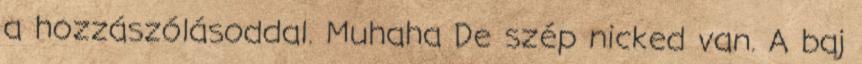
a hozzászólásoddal. Muhaha De szép nicked van. A baj